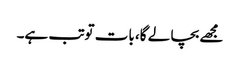
مجھے بچا لے گا، بات توتب ہے۔